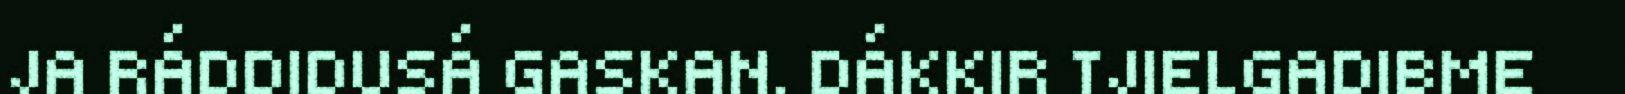
JA RÁDDIDUSÁ GASKAN. DÁKKIR TJIELGADIBME